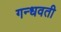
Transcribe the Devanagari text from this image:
गन्धवती